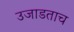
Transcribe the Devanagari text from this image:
उजाडताच